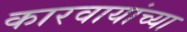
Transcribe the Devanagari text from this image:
कारवायांच्या